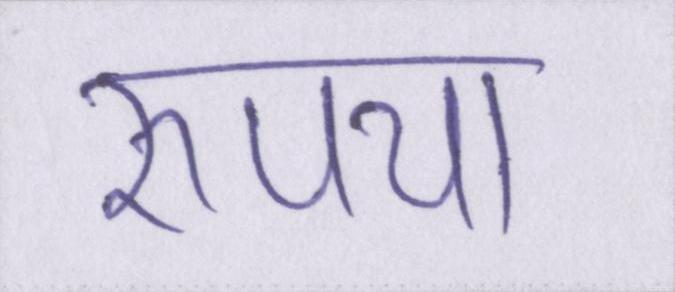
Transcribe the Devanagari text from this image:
रुपया